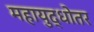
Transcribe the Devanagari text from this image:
महायुद्धोतर